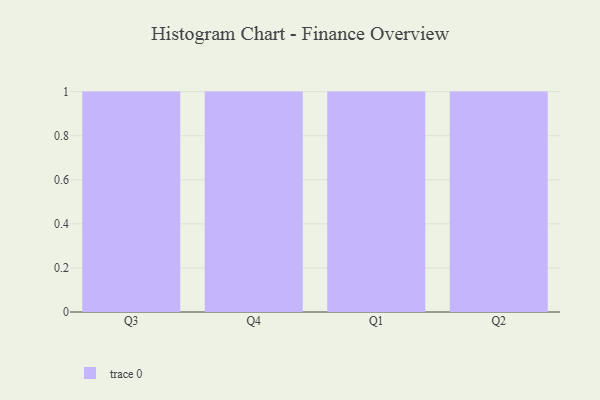
{"axis": {"x": "Quarter", "y": "LTV (USD)"}, "legend": [""], "data": [{"x": "Q3", "y": 58, "type": ""}, {"x": "Q4", "y": 42, "type": ""}, {"x": "Q1", "y": 10, "type": ""}, {"x": "Q2", "y": 37, "type": ""}]}